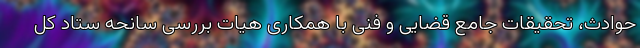
حوادث، تحقیقات جامع قضایی و فنی با همکاری هیات بررسی سانحه ستاد کل